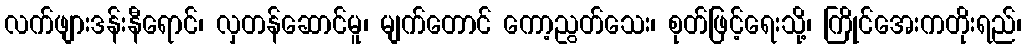
လက်ဖျားဒန်းနီရောင်၊ လှတန်ဆောင်မူ၊ မျက်တောင် ကော့ညွတ်သေး၊ စုတ်ဖြင့်ရေးသို့၊ ကြိုင်အေးကတိုးရည်၊